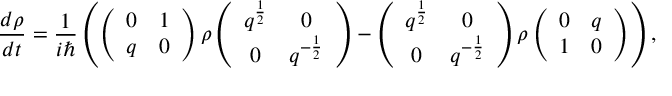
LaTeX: \frac { d \rho } { d t } = \frac { 1 } { i \hbar } \left( \left( \begin{array} { c c } { { 0 } } & { { 1 } } \\ { { q } } & { { 0 } } \end{array} \right) \rho \left( \begin{array} { c c } { { q ^ { \frac { 1 } { 2 } } } } & { { 0 } } \\ { { 0 } } & { { q ^ { - \frac { 1 } { 2 } } } } \end{array} \right) - \left( \begin{array} { c c } { { q ^ { \frac { 1 } { 2 } } } } & { { 0 } } \\ { { 0 } } & { { q ^ { - \frac { 1 } { 2 } } } } \end{array} \right) \rho \left( \begin{array} { c c } { { 0 } } & { { q } } \\ { { 1 } } & { { 0 } } \end{array} \right) \right) ,